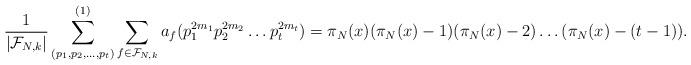
LaTeX: \begin{align*} \frac{1}{|\mathcal F_{N,k}|}\sum_{(p_1,p_2,\dots ,p_t)}^{(1)} \sum_{f \in \mathcal F_{N,k}} a_f(p_1^{2m_1}p_2^{2m_2}\dots p_t^{2m_t}) = \pi_N(x) (\pi_N(x) - 1) (\pi_N(x) - 2) \dots (\pi_N(x) - (t-1)).\end{align*}